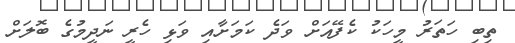
ތިބި ހަތަރު މީހަކު ކެފޭއަށް ވަދެ ކަމަށާއި ވަޅި ހެރީ ނަދީމުގެ ބޮލަށް